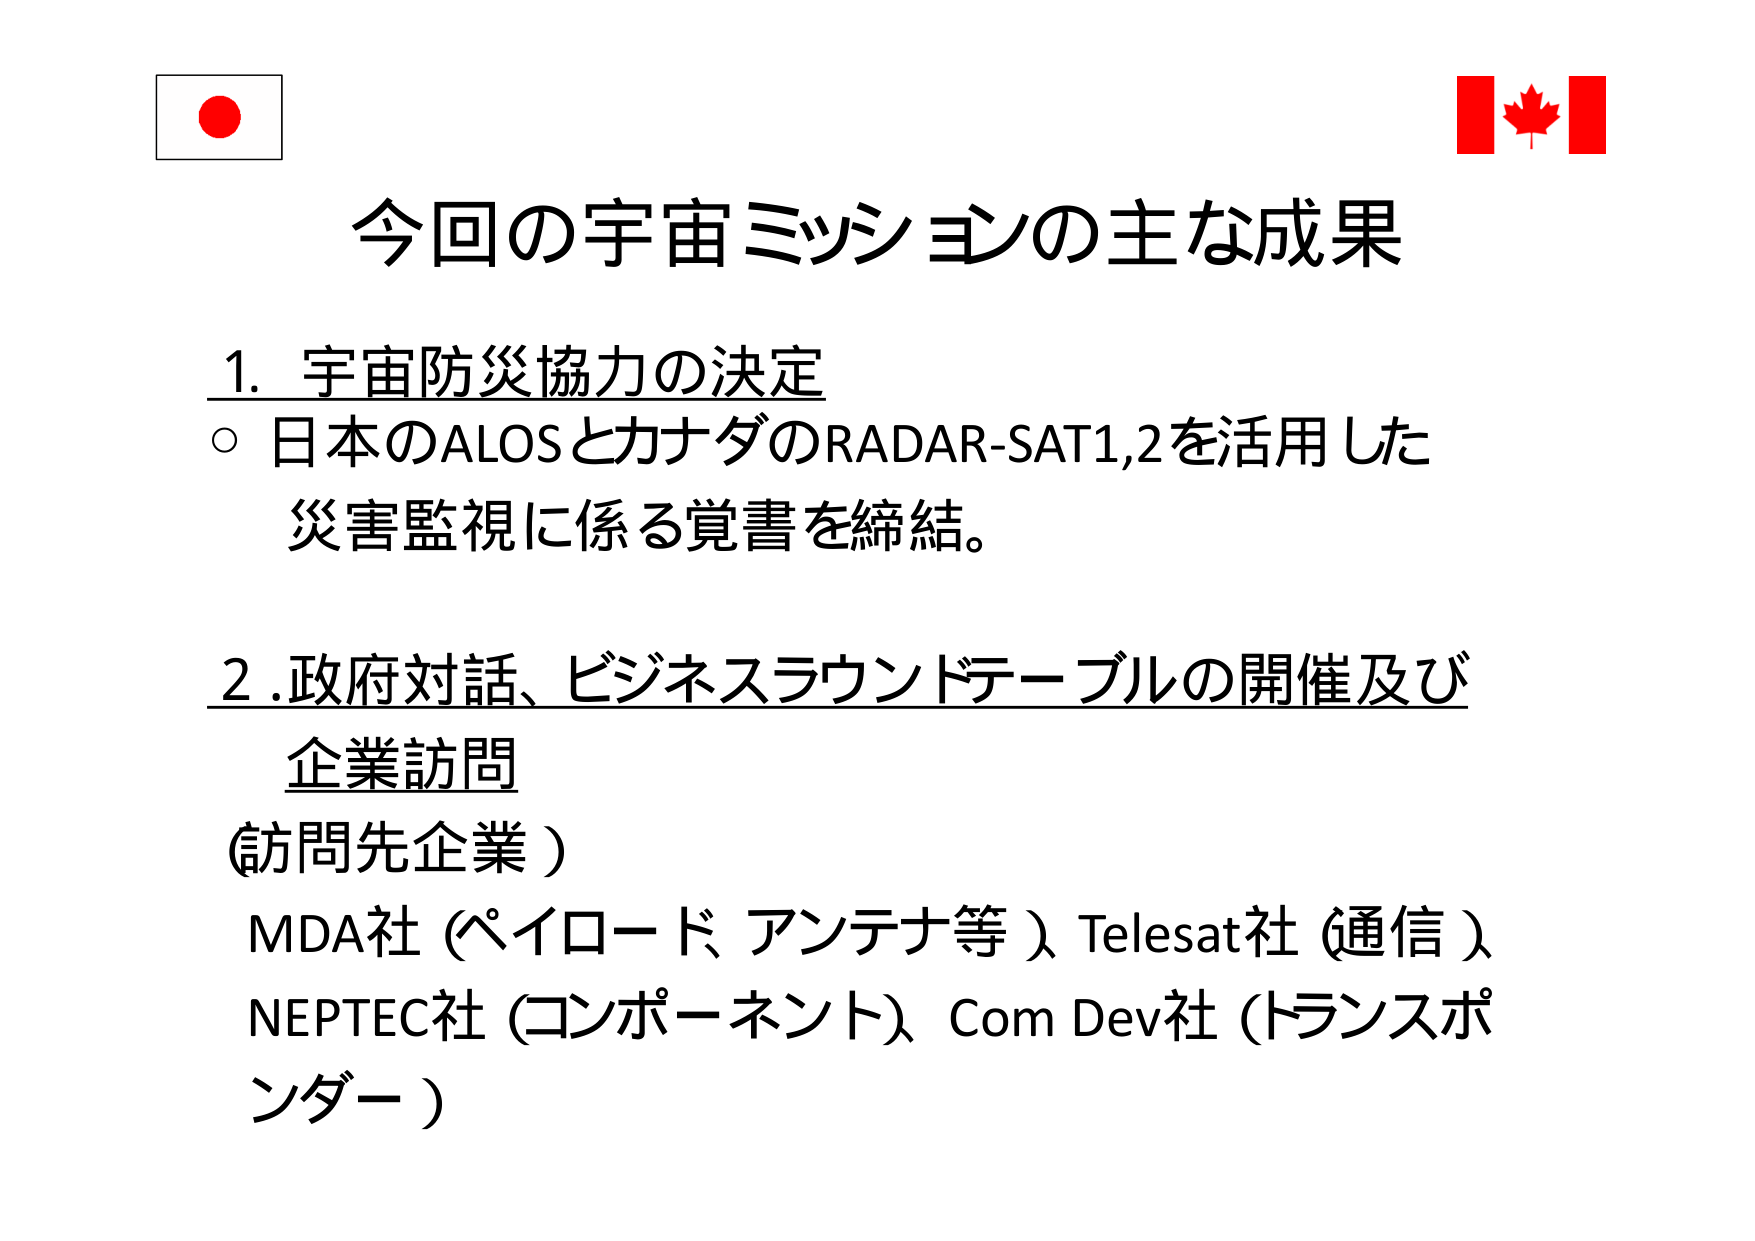
今回の宇宙ミッションの主な成果

1. 宇宙防災協力の決定
○ 日本のALOSとカナダのRADAR-SAT1,2を活用した
災害監視に係る覚書を締結。

2. 政府対話、ビジネスラウンドテーブルの開催及び
企業訪問
（訪問先企業）
MDA社（ペイロード、アンテナ等）、Telesat社（通信）、
NEPTEC社（コンポーネント）、Com Dev社（トランスポンダー）